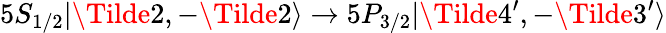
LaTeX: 5S_{1/2}|\Tilde{2},-\Tilde{2}\rangle\rightarrow 5P_{3/2}|\Tilde{4}^{\prime},-\Tilde{3}^{\prime}\rangle